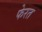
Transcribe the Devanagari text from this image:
फेरत